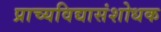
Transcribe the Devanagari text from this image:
प्राच्यविद्यासंशोधक